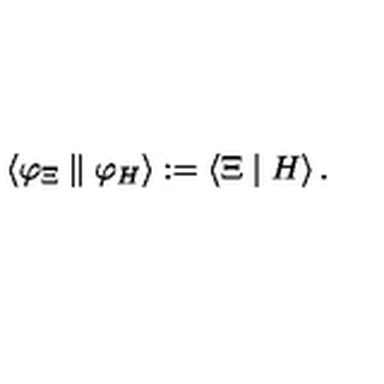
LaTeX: \left\langle \varphi _ { \Xi } \parallel \varphi _ { H } \right\rangle : = \left\langle \Xi \mid H \right\rangle .